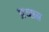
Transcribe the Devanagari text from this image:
प्रच्छ्न्न